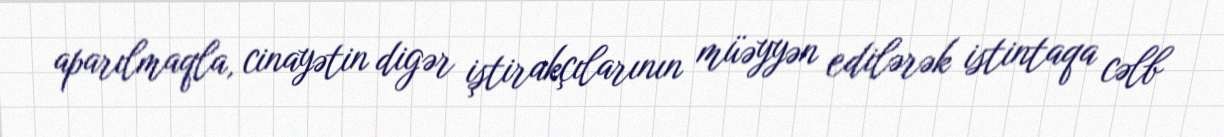
aparılmaqla, cinayətin digər iştirakçılarının müəyyən edilərək istintaqa cəlb